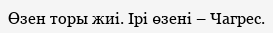
Өзен торы жиі. Ірі өзені – Чагрес.